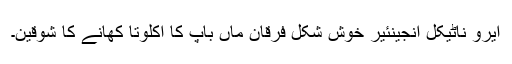
ایرو ناٹیکل انجینئیر خوش شکل فرقان ماں باپ کا اکلوتا کھانے کا شوقین۔